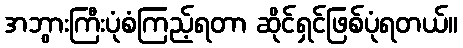
အဘွားကြီးပုံစံကြည့်ရတာ ဆိုင်ရှင်ဖြစ်ပုံရတယ်။